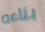
بناءه